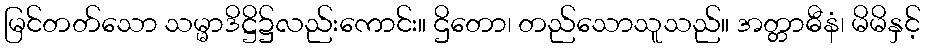
မြင်တတ်သော သမ္မာဒိဋ္ဌိ၌လည်းကောင်း။ ဌိတော၊ တည်သောသူသည်။ အတ္တာဓီနံ၊ မိမိနှင့်